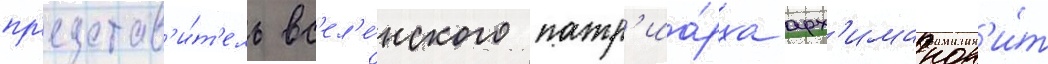
пр'едстав'и́т'ель вс'ел'е́нского патр'иа́рха арх'имандр'и́т